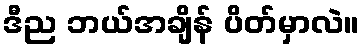
ဒီည ဘယ်အချိန် ပိတ်မှာလဲ။